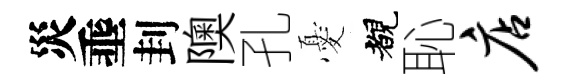
災埀刲隩孔憂覩恥店